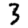
Digit: 3